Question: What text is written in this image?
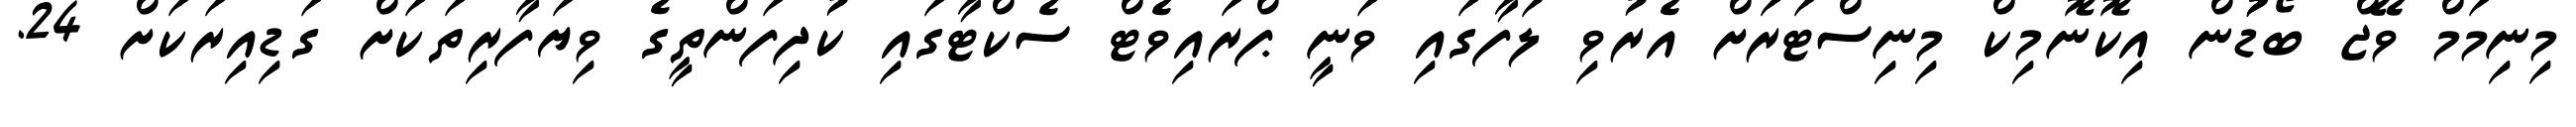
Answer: މިނިމަމް ވޭޖް ބޯޑުުން އިކޮނޮމިކް މިނިސްޓަރަށް އެރުވި ލަފާގައި ވަނީ ޕްރައިވެޓް ސެކްޓާގައި ކުދިފަންތީގެ ވިޔަފާރިތަކަށް ގަޑިއިރަކަށް 24.